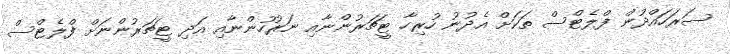
ސަރަހައްދުން ފްލެޓްސް ތަކަށް އެދުނު ހުރިހާ ޓީޗަރުންނާއި ނަރުހުންނާއި އަދި ޓީޗަރުންނަށް ފްލެޓްސް